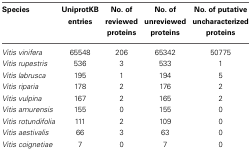
| Species | UniprotKB entries | No. of reviewed proteins | No. of unreviewed proteins | No. of putative uncharacterized proteins |
 | --- | --- | --- | --- | --- |
 | Vitis vinifera | 65548 | 206 | 65342 | 50775 |
 | Vitis rupestris | 536 | 3 | 533 | 1 |
 | Vitis labrusca | 195 | 1 | 194 | 5 |
 | Vitis riparia | 178 | 2 | 176 | 2 |
 | Vitis vulpina | 167 | 2 | 165 | 2 |
 | Vitis amurensis | 155 | 0 | 155 | 0 |
 | Vitis rotundifolia | 111 | 2 | 109 | 0 |
 | Vitis aestivalis | 66 | 3 | 63 | 0 |
 | Vitis coignetiae | 7 | 0 | 7 | 0 |